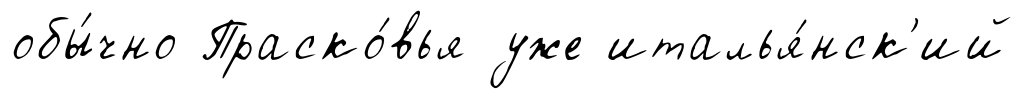
обы́чно Праско́вья уже италья́нск'ий